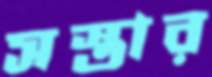
সস্তার